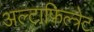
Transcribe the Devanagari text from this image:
अल्टाफिल्त्रेट